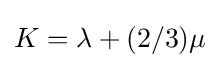
K=\lambda +(2/3)\mu